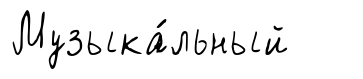
Музыка́льный